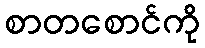
စာတစောင်ကို